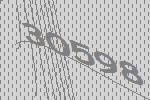
30598